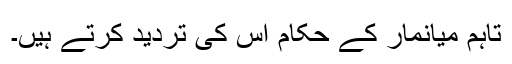
تاہم میانمار کے حکام اس کی تردید کرتے ہیں۔